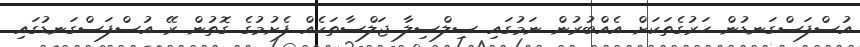
އުސްފަސްގަނޑުން ހަރުގެތަކަށް އެއްބުރުން ނަމުގައި ސިލްސިލާ ޖަލްސާތަކެއް ފެށުމުގެ ގޮތުން ރޭ އުސްފަސްގަނޑުގައި